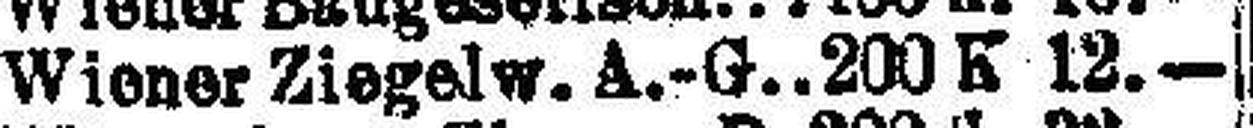
Wiener Ziegelw. A.-G. 200 K 12.—